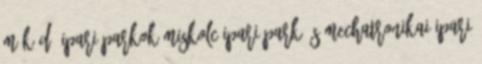
Működő ipari parkok Miskolc Ipari Park és Mechatronikai Ipari